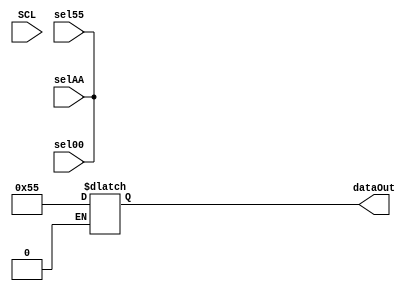
module dataMuxRead(dataOut, sel00, selAA, sel55, SCL);

output reg [7:0] dataOut;
input wire sel00, selAA, sel55, SCL;

initial begin
	sel00 = 0;
	selAA = 0;
	sel55 = 0;
end

always@(sel00 or selAA or sel55)
begin
	if(sel00)
	begin
		dataOut <= 'h00;
	end
	else if(selAA)
	begin
		dataOut <= 'hAA;
	end
	else if(sel55)
	begin
		dataOut <= 'h55;
	end
end

endmodule